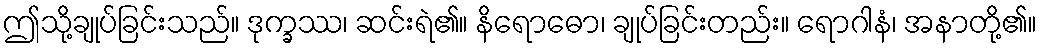
ဤသို့ချုပ်ခြင်းသည်။ ဒုက္ခဿ၊ ဆင်းရဲ၏။ နိရောဓော၊ ချုပ်ခြင်းတည်း။ ရောဂါနံ၊ အနာတို့၏။